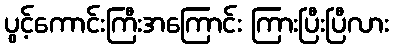
ပွင့်ကောင်းကြီးအကြောင်း ကြားပြီးပြီလား